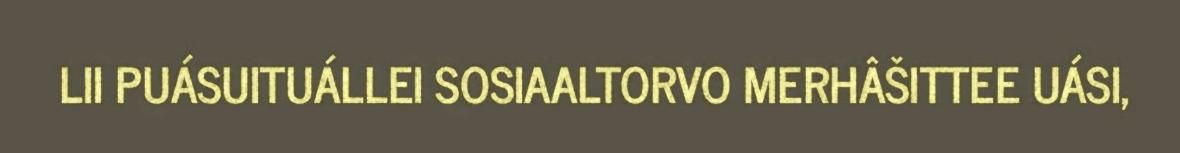
LII PUÁSUITUÁLLEI SOSIAALTORVO MERHÂŠITTEE UÁSI,